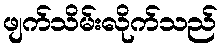
ဖျက်သိမ်းလိုက်သည်